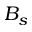
B _ { s }